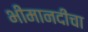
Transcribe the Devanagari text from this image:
भीमानदीचा